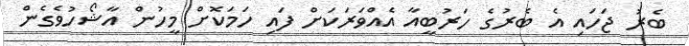
ބެރު ޖަހައި އެ ބެރުގެ ހަރުބީއާ އެއްވަރަކަށް ފައި ހަމަކޮށް މީހުން އާޝޯހުވެގެން